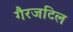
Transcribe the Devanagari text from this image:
गैरजटिल